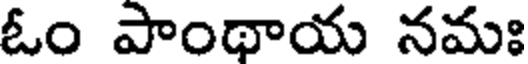
ఓం పాంథాయ నమః